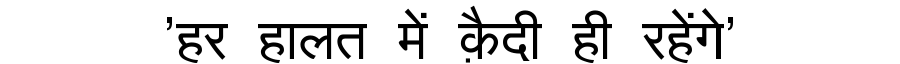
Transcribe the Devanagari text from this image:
'हर हालत में क़ैदी ही रहेंगे'